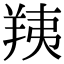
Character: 羠